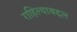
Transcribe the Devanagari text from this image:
राहिल्याबद्दल